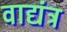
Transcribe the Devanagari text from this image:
वाद्यंत्र